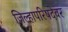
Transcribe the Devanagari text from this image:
जिल्हापरिषदेवर